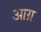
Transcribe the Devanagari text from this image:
आग्र